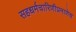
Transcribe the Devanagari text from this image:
सहधर्मचारिणीप्रमाणेच